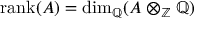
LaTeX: \operatorname { r a n k } ( A ) = \dim _ { \mathbb { Q } } ( A \otimes _ { \mathbb { Z } } \mathbb { Q } )